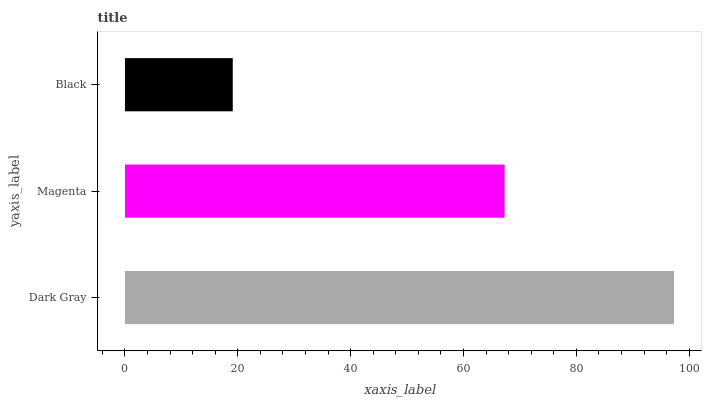
| yaxis_label | bars |
 | --- | --- |
 | Dark Gray | 97.3 |
 | Magenta | 67.3 |
 | Black | 19.1 |